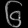
Digit: ၆